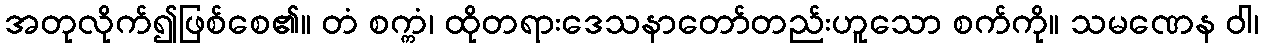
အတုလိုက်၍ဖြစ်စေ၏။ တံ စက္ကံ၊ ထိုတရားဒေသနာတော်တည်းဟူသော စက်ကို။ သမဏေန ဝါ၊